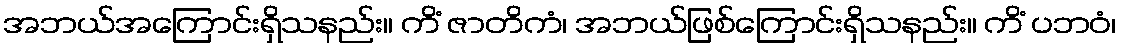
အဘယ်အကြောင်းရှိသနည်း။ ကိံ ဇာတိကံ၊ အဘယ်ဖြစ်ကြောင်းရှိသနည်း။ ကိံ ပဘဝံ၊